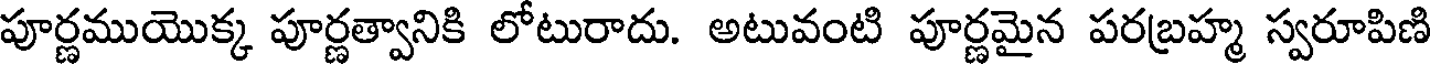
పూర్ణముయొక్క పూర్ణత్వానికి లోటురాదు. అటువంటి పూర్ణమైన పరబ్రహ్మ స్వరూపిణి